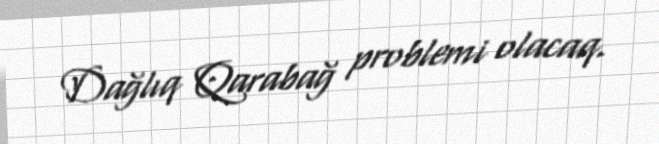
Dağlıq Qarabağ problemi olacaq.